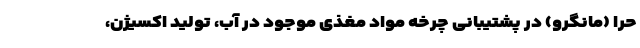
حرا (مانگرو) در پشتیبانی چرخه مواد مغذی موجود در آب، تولید اکسیژن،